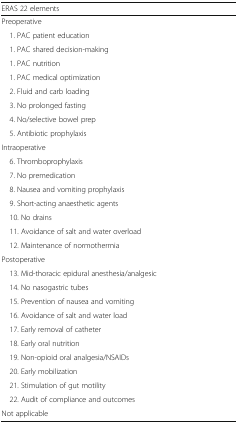
| ERAS 22 elements |  |
 | --- | --- |
 | Preoperative |  |
 | 1. PAC patient education |  |
 | 1. PAC shared decision-making |  |
 | 1. PAC nutrition |  |
 | 1. PAC medical optimization |  |
 | 2. Fluid and carb loading |  |
 | 3. No prolonged fasting |  |
 | 4. No/selective bowel prep |  |
 | 5. Antibiotic prophylaxis |  |
 | Intraoperative |  |
 | 6. Thromboprophylaxis |  |
 | 7. No premedication |  |
 | 8. Nausea and vomiting prophylaxis |  |
 | 9. Short-acting anaesthetic agents |  |
 | 10. No drains |  |
 | 11. Avoidance of salt and water overload |  |
 | 12. Maintenance of normothermia |  |
 | Postoperative |  |
 | 13. Mid-thoracic epidural anesthesia/analgesic |  |
 | 14. No nasogastric tubes |  |
 | 15. Prevention of nausea and vomiting |  |
 | 16. Avoidance of salt and water load |  |
 | 17. Early removal of catheter |  |
 | 18. Early oral nutrition |  |
 | 19. Non-opioid oral analgesia/NSAIDs |  |
 | 20. Early mobilization |  |
 | 21. Stimulation of gut motility |  |
 | 22. Audit of compliance and outcomes |  |
 | Not applicable |  |